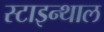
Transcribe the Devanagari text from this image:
स्टाइन्थाल